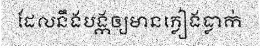
ដែលនឹងបង្កឲ្យមានភ្លៀងធ្លាក់